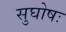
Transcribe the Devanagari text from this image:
सुघोषः